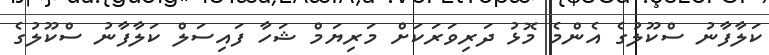
ކަލާފާނު ސްކޫލުގެ އެންމެ މޮޅު ދަރިވަރަކަށް މަރިޔަމް ޝަހާ ފައިސަލް ކަލާފާނު ސްކޫލުގެ